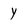
Character: y